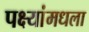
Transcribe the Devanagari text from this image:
पक्ष्यांमधला